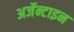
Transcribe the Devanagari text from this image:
अर्जेन्टाइन